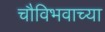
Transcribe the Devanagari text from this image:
चौविभवाच्या